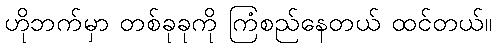
ဟိုဘက်မှာ တစ်ခုခုကို ကြံစည်နေတယ် ထင်တယ်။